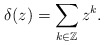
\begin{align*}\delta(z)=\sum_{k\in\mathbb{Z}}z^k.\end{align*}